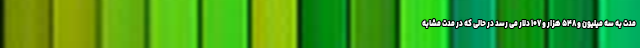
مدت به سه میلیون و ۵۴۸ هزار و ۱۰۷ دلار می رسد در حالی که در مدت مشابه